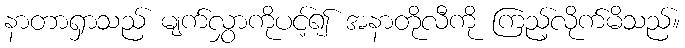
နာတာရှာသည် မျက်လွှာကိုပင့်၍ အနာတိုလီကို ကြည့်လိုက်မိသည်။